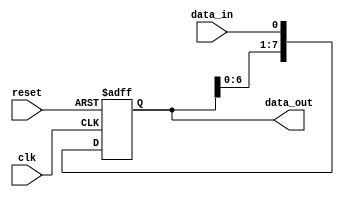
module serial_in_parallel_out (
    input wire clk,
    input wire reset,
    input wire data_in,
    output reg [7:0] data_out
);

reg [7:0] shift_register;

always @(posedge clk or posedge reset) begin
    if (reset) begin
        shift_register <= 8'b0;
    end else begin
        shift_register <= {shift_register[6:0], data_in};
    end
end

assign data_out = shift_register;

endmodule